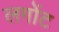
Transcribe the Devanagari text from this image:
लगोंट